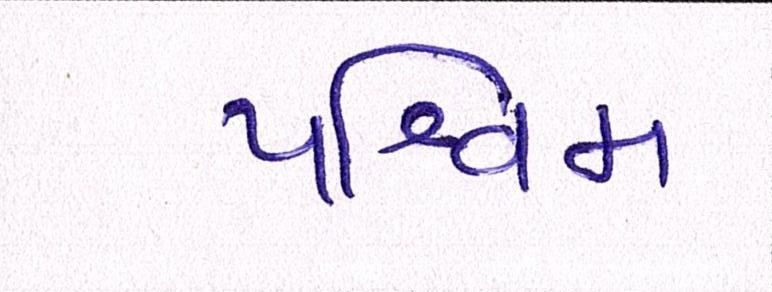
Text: પશ્ચિમ